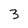
Character: 3